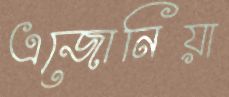
এজোনিয়া